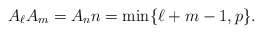
\begin{align*}A_\ell A_m = A_n n = \min \{ \ell+m-1, p \}.\end{align*}